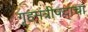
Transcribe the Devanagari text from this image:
गृहमंत्रीपदाचा